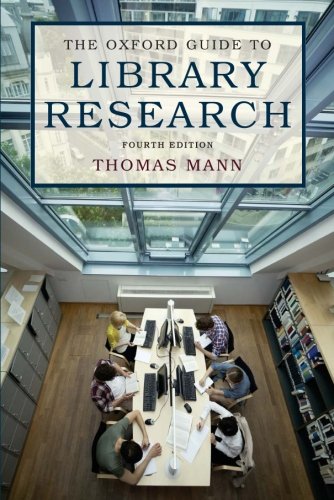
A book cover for The Oxford Guide to Library Research; Thomas Mann; History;